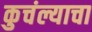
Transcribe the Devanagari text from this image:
कुचंल्याचा